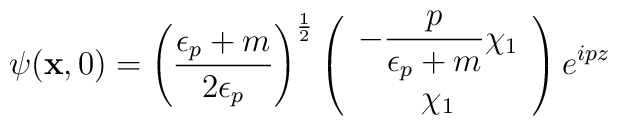
\psi({\bf x},0) =    \left(\frac{\epsilon_p + m}{2\epsilon_p}\right)^\frac{1}{2}    \left(    \begin{array}{c}        {\displaystyle -\frac{p}{\epsilon_p + m}}\chi_1 \\              \chi_1    \end{array}    \right)    e^{ipz}